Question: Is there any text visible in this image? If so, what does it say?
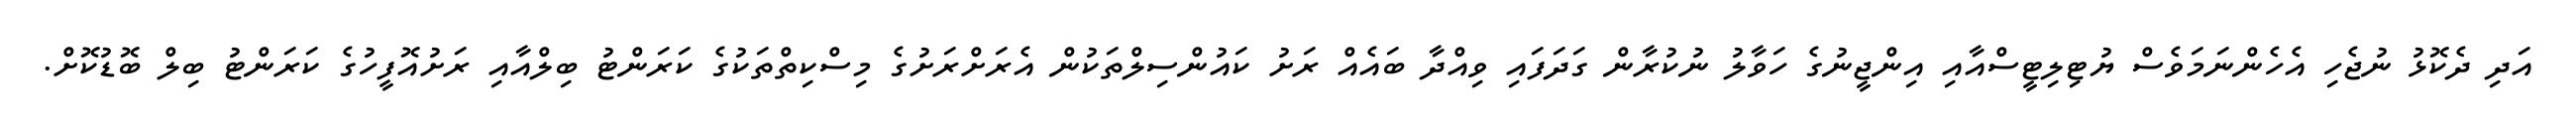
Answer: އަދި ދެކޮޅު ނުޖެހި އެހެންނަމަވެސް ޔުޓިލިޓީސްއާއި އިންޖީނުގެ ހަވާލު ނުކުރާން ގަދަފައި ވިއްދާ ބައެއް ރަށު ކައުންސިލްތަކުން އެރަށްރަށުގެ މިސްކިތްތަކުގެ ކަރަންޓު ބިލްއާއި ރަށުއޮފީހުގެ ކަރަންޓު ބިލް ބޮޑުކޮށް.